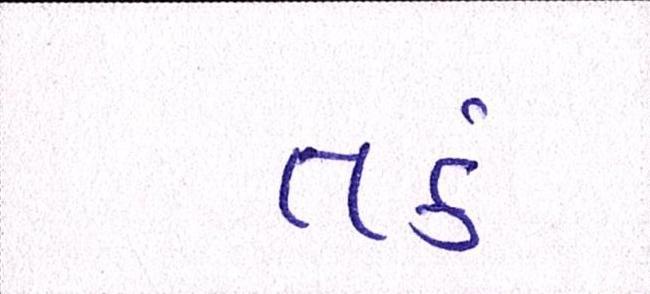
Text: તર્ક